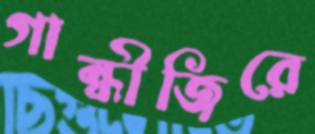
গান্ধীজিরে